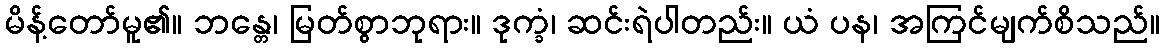
မိန့်တော်မူ၏။ ဘန္တေ၊ မြတ်စွာဘုရား။ ဒုက္ခံ၊ ဆင်းရဲပါတည်း။ ယံ ပန၊ အကြင်မျက်စိသည်။